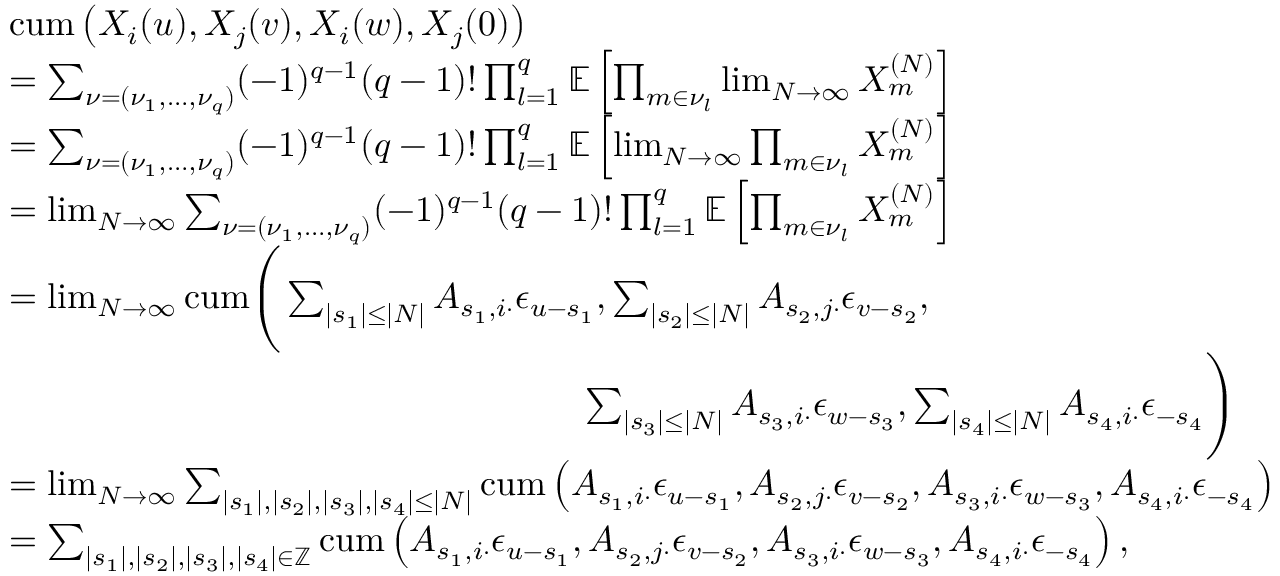
\begin{array} { r l } & { \mathrm { c u m } \left( X _ { i } ( u ) , X _ { j } ( v ) , X _ { i } ( w ) , X _ { j } ( 0 ) \right) } \\ & { = \sum _ { \nu = ( \nu _ { 1 } , \hdots , \nu _ { q } ) } ( - 1 ) ^ { q - 1 } ( q - 1 ) ! \prod _ { l = 1 } ^ { q } \mathbb { E } \left[ \prod _ { m \in \nu _ { l } } \operatorname* { l i m } _ { N \to \infty } X _ { m } ^ { ( N ) } \right] } \\ & { = \sum _ { \nu = ( \nu _ { 1 } , \hdots , \nu _ { q } ) } ( - 1 ) ^ { q - 1 } ( q - 1 ) ! \prod _ { l = 1 } ^ { q } \mathbb { E } \left[ \operatorname* { l i m } _ { N \to \infty } \prod _ { m \in \nu _ { l } } X _ { m } ^ { ( N ) } \right] } \\ & { = \operatorname* { l i m } _ { N \to \infty } \sum _ { \nu = ( \nu _ { 1 } , \hdots , \nu _ { q } ) } ( - 1 ) ^ { q - 1 } ( q - 1 ) ! \prod _ { l = 1 } ^ { q } \mathbb { E } \left[ \prod _ { m \in \nu _ { l } } X _ { m } ^ { ( N ) } \right] } \\ & { = \operatorname* { l i m } _ { N \to \infty } \mathrm { c u m } \Bigg ( \sum _ { | s _ { 1 } | \leq | N | } A _ { s _ { 1 } , i \cdot } \epsilon _ { u - s _ { 1 } } , \sum _ { | s _ { 2 } | \leq | N | } A _ { s _ { 2 } , j \cdot } \epsilon _ { v - s _ { 2 } } , } \\ & { \qquad \qquad \qquad \qquad \qquad \qquad \qquad \qquad \sum _ { | s _ { 3 } | \leq | N | } A _ { s _ { 3 } , i \cdot } \epsilon _ { w - s _ { 3 } } , \sum _ { | s _ { 4 } | \leq | N | } A _ { s _ { 4 } , i \cdot } \epsilon _ { - s _ { 4 } } \Bigg ) } \\ & { = \operatorname* { l i m } _ { N \to \infty } \sum _ { | s _ { 1 } | , | s _ { 2 } | , | s _ { 3 } | , | s _ { 4 } | \leq | N | } \mathrm { c u m } \left( A _ { s _ { 1 } , i \cdot } \epsilon _ { u - s _ { 1 } } , A _ { s _ { 2 } , j \cdot } \epsilon _ { v - s _ { 2 } } , A _ { s _ { 3 } , i \cdot } \epsilon _ { w - s _ { 3 } } , A _ { s _ { 4 } , i \cdot } \epsilon _ { - s _ { 4 } } \right) } \\ & { = \sum _ { | s _ { 1 } | , | s _ { 2 } | , | s _ { 3 } | , | s _ { 4 } | \in \mathbb { Z } } \mathrm { c u m } \left( A _ { s _ { 1 } , i \cdot } \epsilon _ { u - s _ { 1 } } , A _ { s _ { 2 } , j \cdot } \epsilon _ { v - s _ { 2 } } , A _ { s _ { 3 } , i \cdot } \epsilon _ { w - s _ { 3 } } , A _ { s _ { 4 } , i \cdot } \epsilon _ { - s _ { 4 } } \right) , } \end{array}